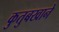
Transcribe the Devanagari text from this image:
कुतुबखाने